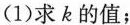
(1)求k的值；